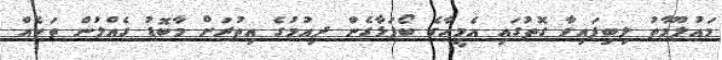
މައުލޫމާތު ލިބިފައިވާ ގޮތުގައި އެމީހާގެ ބޯފަޅާގެން ދިއުމުގެ އިތުރަށް މާބޮޑު ގެއްލުން ތަކެއް